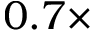
0 . 7 \times